18_6369445_General_1948_Vol_1
Agency: Department of War
Incident date: 6/15/48
Page 27
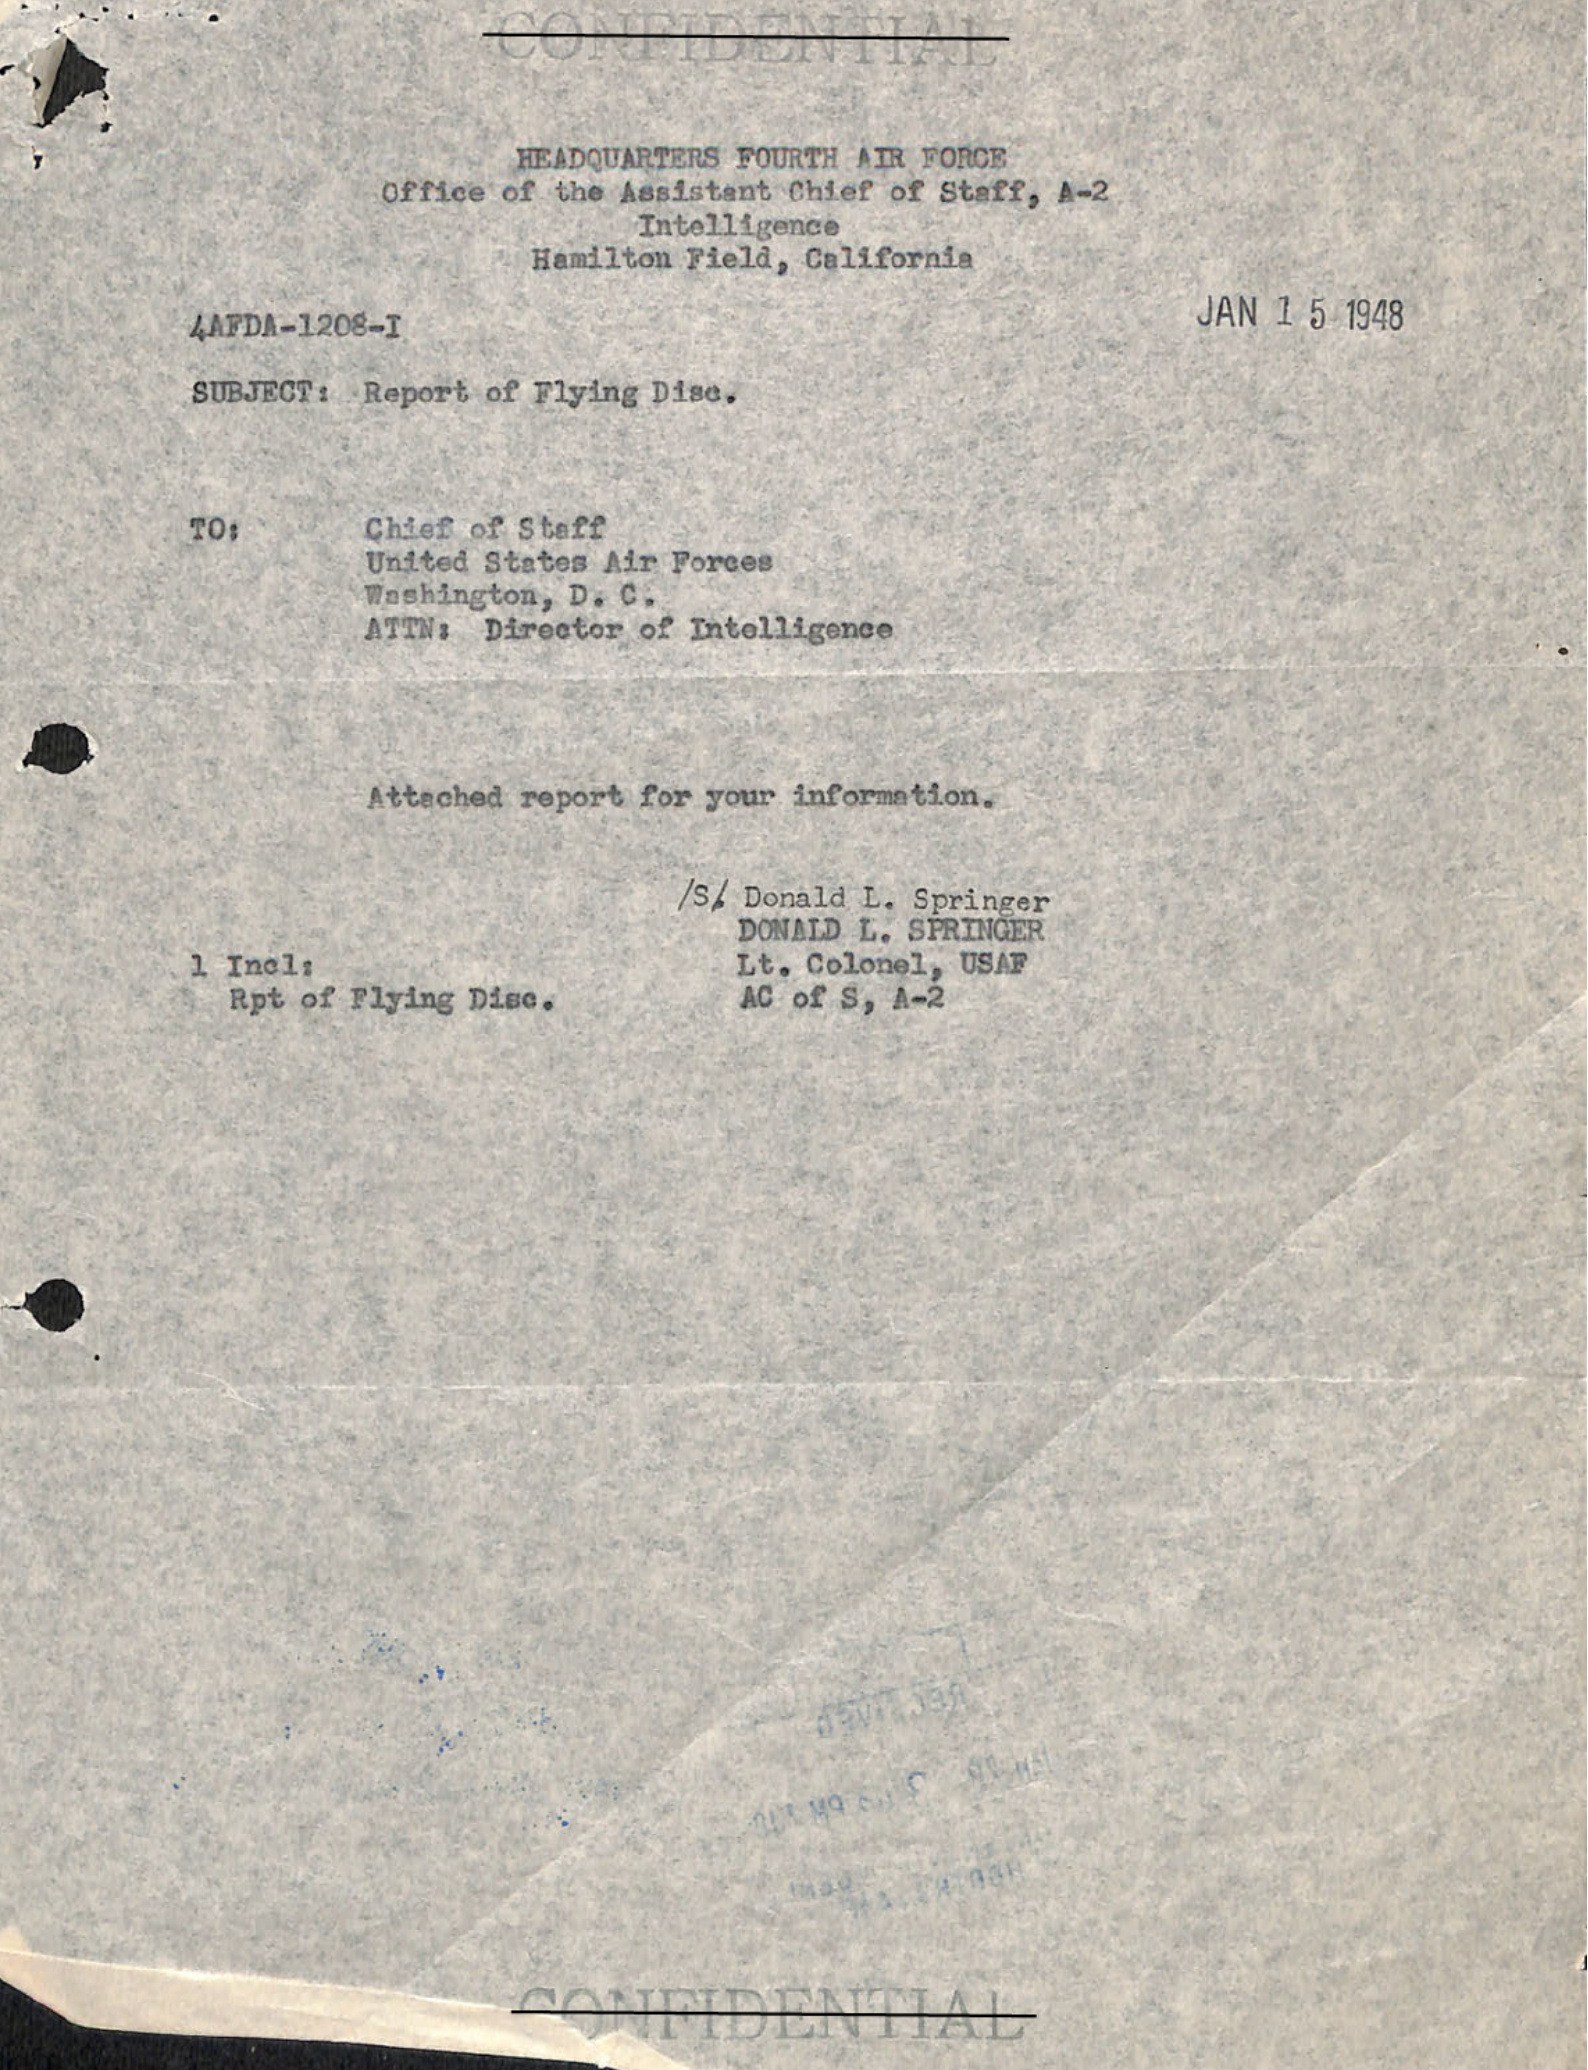